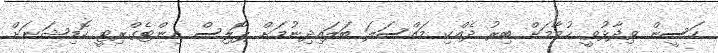
ހަސީން ވިދާޅުވީ ހުމާމަށް ބިރު ދެއްކި މައްސަލަ ބަލައިދިނުމަށް ޕޮލިސް އިންޓެގްރިޓީ ކޮމިޝަނަށް